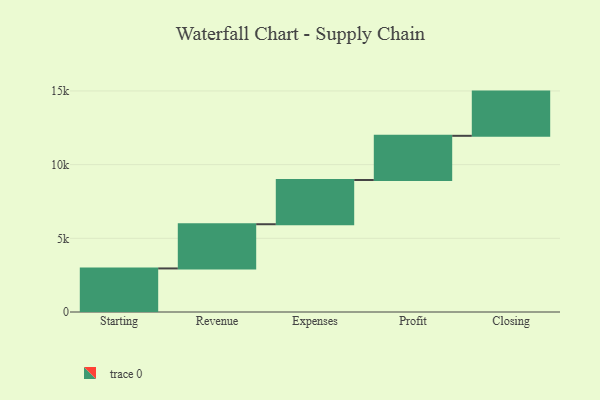
{"axis": {"x": "Step", "y": "Value"}, "legend": [""], "data": [{"x": "Starting", "y": 2956.0, "type": ""}, {"x": "Revenue", "y": 3000, "type": ""}, {"x": "Expenses", "y": 3000, "type": ""}, {"x": "Profit", "y": 3000, "type": ""}, {"x": "Closing", "y": 3000, "type": ""}]}